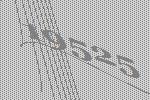
19525